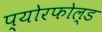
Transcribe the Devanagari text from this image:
प्योरफोल्ड